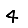
Digit: 4